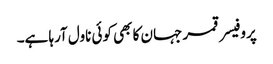
پروفیسر قمر جہان کا بھی کوئی ناول آرہا ہے۔